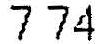
7.74